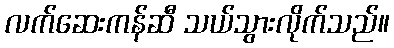
လက်ဆေးကန်ဆီ သယ်သွားလိုက်သည်။